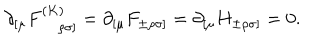
LaTeX: \partial _ { [ \mu } F _ { ~ \rho \sigma ] } ^ { ( K ) } = \partial _ { [ \mu } F _ { \pm \rho \sigma ] } = \partial _ { [ \mu } H _ { \pm \rho \sigma ] } = 0 .